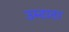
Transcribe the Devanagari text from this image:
उम्टाटा